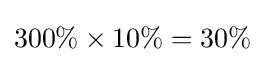
300\%\times 10\%=30\%